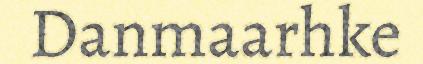
Danmaarhke